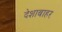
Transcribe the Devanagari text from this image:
देशाबाहर